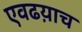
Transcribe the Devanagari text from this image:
एवढय़ाच